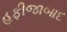
હફીજાબાદ